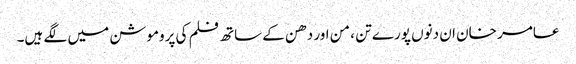
عامر خان ان دنوں پورے تن ، من اور دھن کے ساتھ فلم کی پروموشن میں لگے ہیں۔